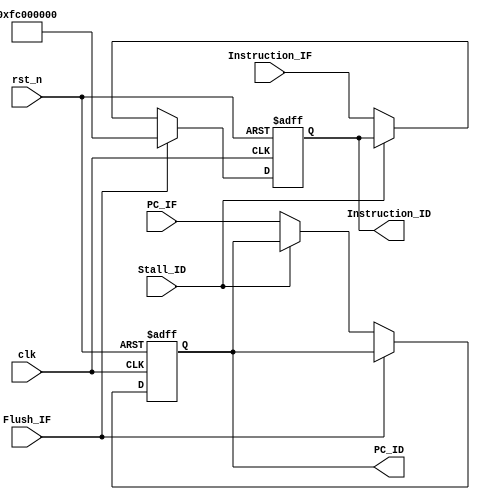
//module: Instruction Fetch-> Instruction Decoder
//IF_ID
module IF_ID(
    input clk,
    input rst_n,
    input Flush_IF,
    input Stall_ID,//1:stall 0: not stall
    input [31:0] PC_IF,
    input [31:0] Instruction_IF,

    output reg[31:0] PC_ID,
    output reg[31:0] Instruction_ID
);
    always @(posedge clk,negedge rst_n) begin
        if(~rst_n) begin
            Instruction_ID <= 32'd0;
            PC_ID <= 32'd0;
        end 
        else if(Flush_IF == 1'b1) begin
            Instruction_ID <= 32'hFC00_0000;//NOOP
            //PC_ID <= PC_IF;
        end
        else if(Stall_ID == 1'b0) begin
            Instruction_ID <= Instruction_IF;
            PC_ID <= PC_IF;
            $display(" CurrentPC :0x%x ", PC_IF);
        end

    end

endmodule